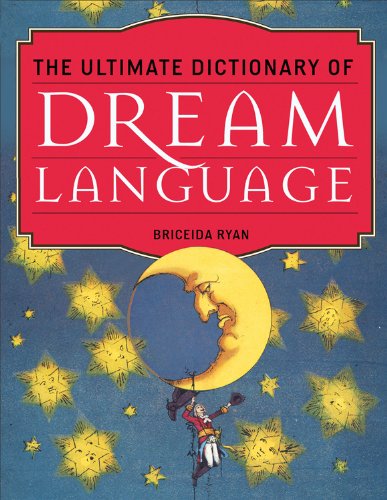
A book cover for The Ultimate Dictionary of Dream Language; Briceida Ryan; Self-Help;